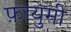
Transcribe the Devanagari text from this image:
फ़ायुमी